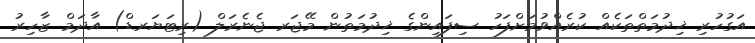
އަގުހުރި ޚިދުމަތްތަކެއް ކުރެއްވުމަށްފަހު ސިފައިންގެ ޚިދުމަތުން މޭޖަރ ޖެނެރަލް (ރިޓަޔަރޑް) އާދަމް ޒާހިރު